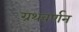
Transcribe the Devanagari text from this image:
ग्रथवर्णन